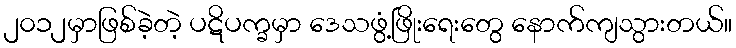
၂၀၁၂မှာဖြစ်ခဲ့တဲ့ ပဋိပက္ခမှာ ဒေသဖွံ့ဖြိုးရေးတွေ နောက်ကျသွားတယ်။